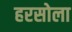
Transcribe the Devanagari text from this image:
हरसोला